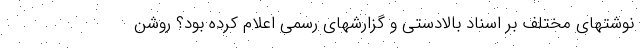
نوشتهای مختلف بر اسناد بالادستی و گزارشهای رسمی اعلام کرده بود؟ روشن